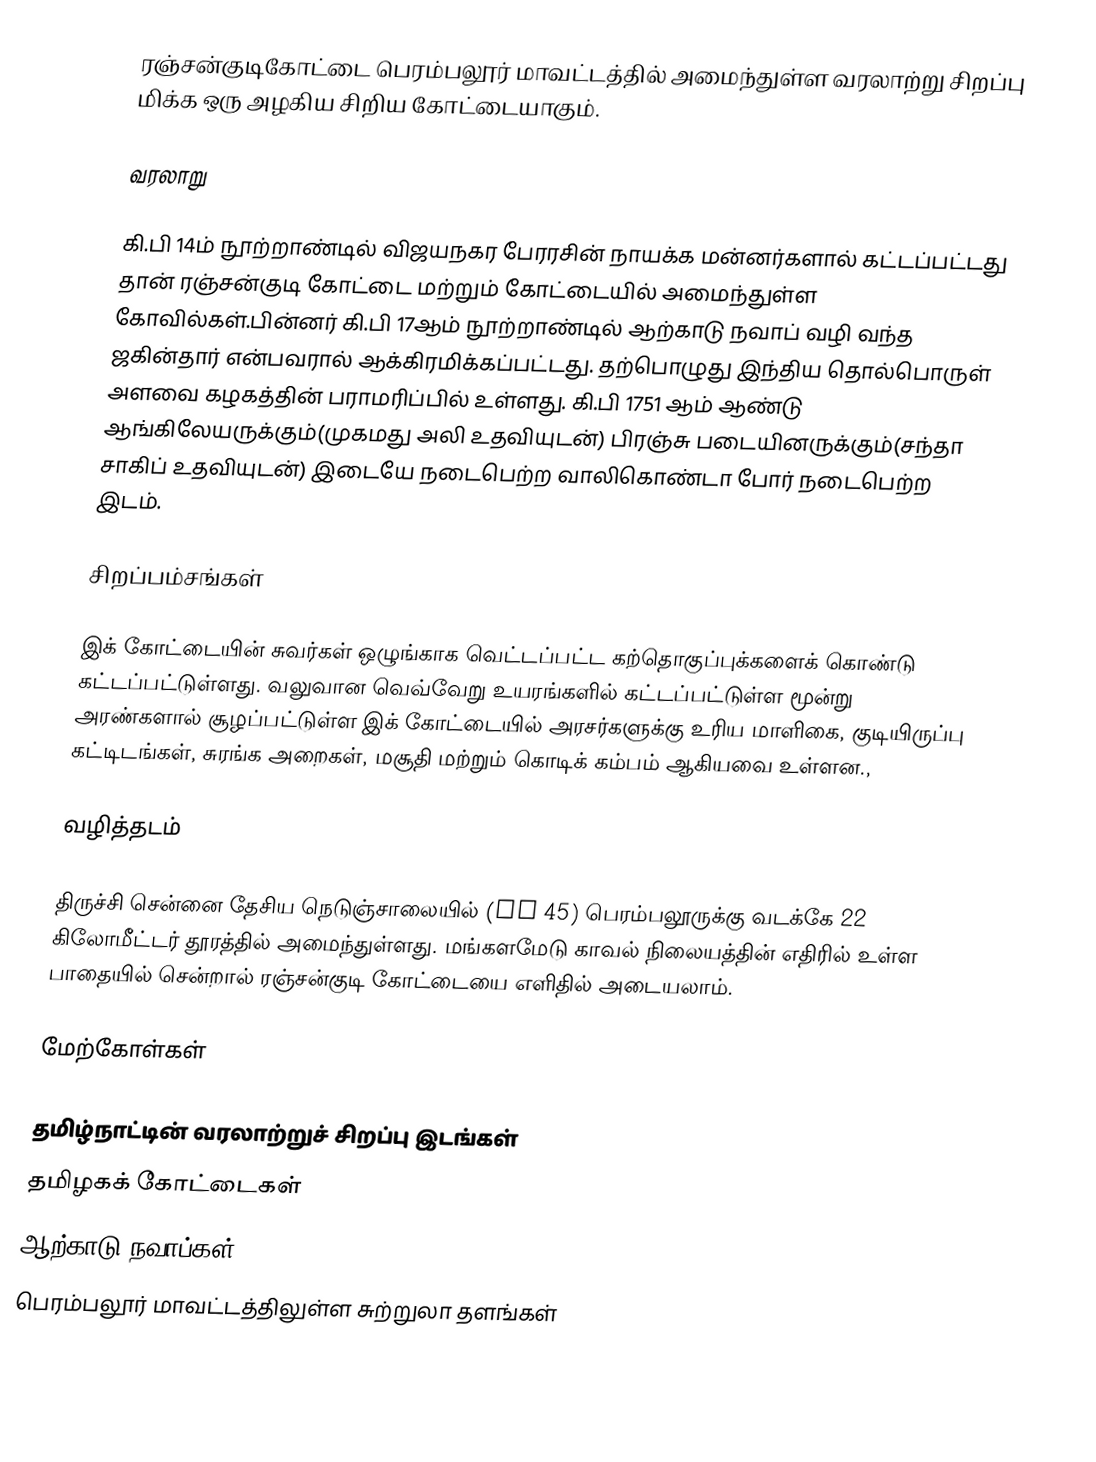
ரஞ்சன்குடிகோட்டை பெரம்பலூர் மாவட்டத்தில் அமைந்துள்ள வரலாற்று சிறப்பு மிக்க ஒரு அழகிய சிறிய கோட்டையாகும்.

வரலாறு

கி.பி 14ம் நூற்றாண்டில் விஜயநகர பேரரசின் நாயக்க மன்னர்களால் கட்டப்பட்டது தான் ரஞ்சன்குடி கோட்டை மற்றும் கோட்டையில் அமைந்துள்ள கோவில்கள்.பின்னர் கி.பி 17ஆம் நூற்றாண்டில் ஆற்காடு நவாப் வழி வந்த ஜகின்தார் என்பவரால் ஆக்கிரமிக்கப்பட்டது. தற்பொழுது இந்திய தொல்பொருள் அளவை கழகத்தின் பராமரிப்பில் உள்ளது. கி.பி 1751 ஆம் ஆண்டு  ஆங்கிலேயருக்கும்(முகமது அலி உதவியுடன்) பிரஞ்சு படையினருக்கும்(சந்தா சாகிப் உதவியுடன்) இடையே நடைபெற்ற வாலிகொண்டா போர் நடைபெற்ற இடம்.

சிறப்பம்சங்கள்

இக் கோட்டையின் சுவர்கள் ஒழுங்காக வெட்டப்பட்ட கற்தொகுப்புக்களைக் கொண்டு கட்டப்பட்டுள்ளது. வலுவான வெவ்வேறு உயரங்களில் கட்டப்பட்டுள்ள மூன்று அரண்களால் சூழப்பட்டுள்ள இக் கோட்டையில் அரசர்களுக்கு உரிய மாளிகை, குடியிருப்பு கட்டிடங்கள், சுரங்க அறைகள், மசூதி மற்றும் கொடிக் கம்பம் ஆகியவை உள்ளன.,

வழித்தடம்

திருச்சி சென்னை தேசிய நெடுஞ்சாலையில் (NH 45) பெரம்பலூருக்கு வடக்கே 22 கிலோமீட்டர் தூரத்தில் அமைந்துள்ளது. மங்களமேடு காவல் நிலையத்தின் எதிரில் உள்ள பாதையில் சென்றால் ரஞ்சன்குடி கோட்டையை எளிதில் அடையலாம்.

மேற்கோள்கள்

தமிழ்நாட்டின் வரலாற்றுச் சிறப்பு இடங்கள்
தமிழகக் கோட்டைகள்
ஆற்காடு நவாப்கள்
பெரம்பலூர் மாவட்டத்திலுள்ள சுற்றுலா தளங்கள்